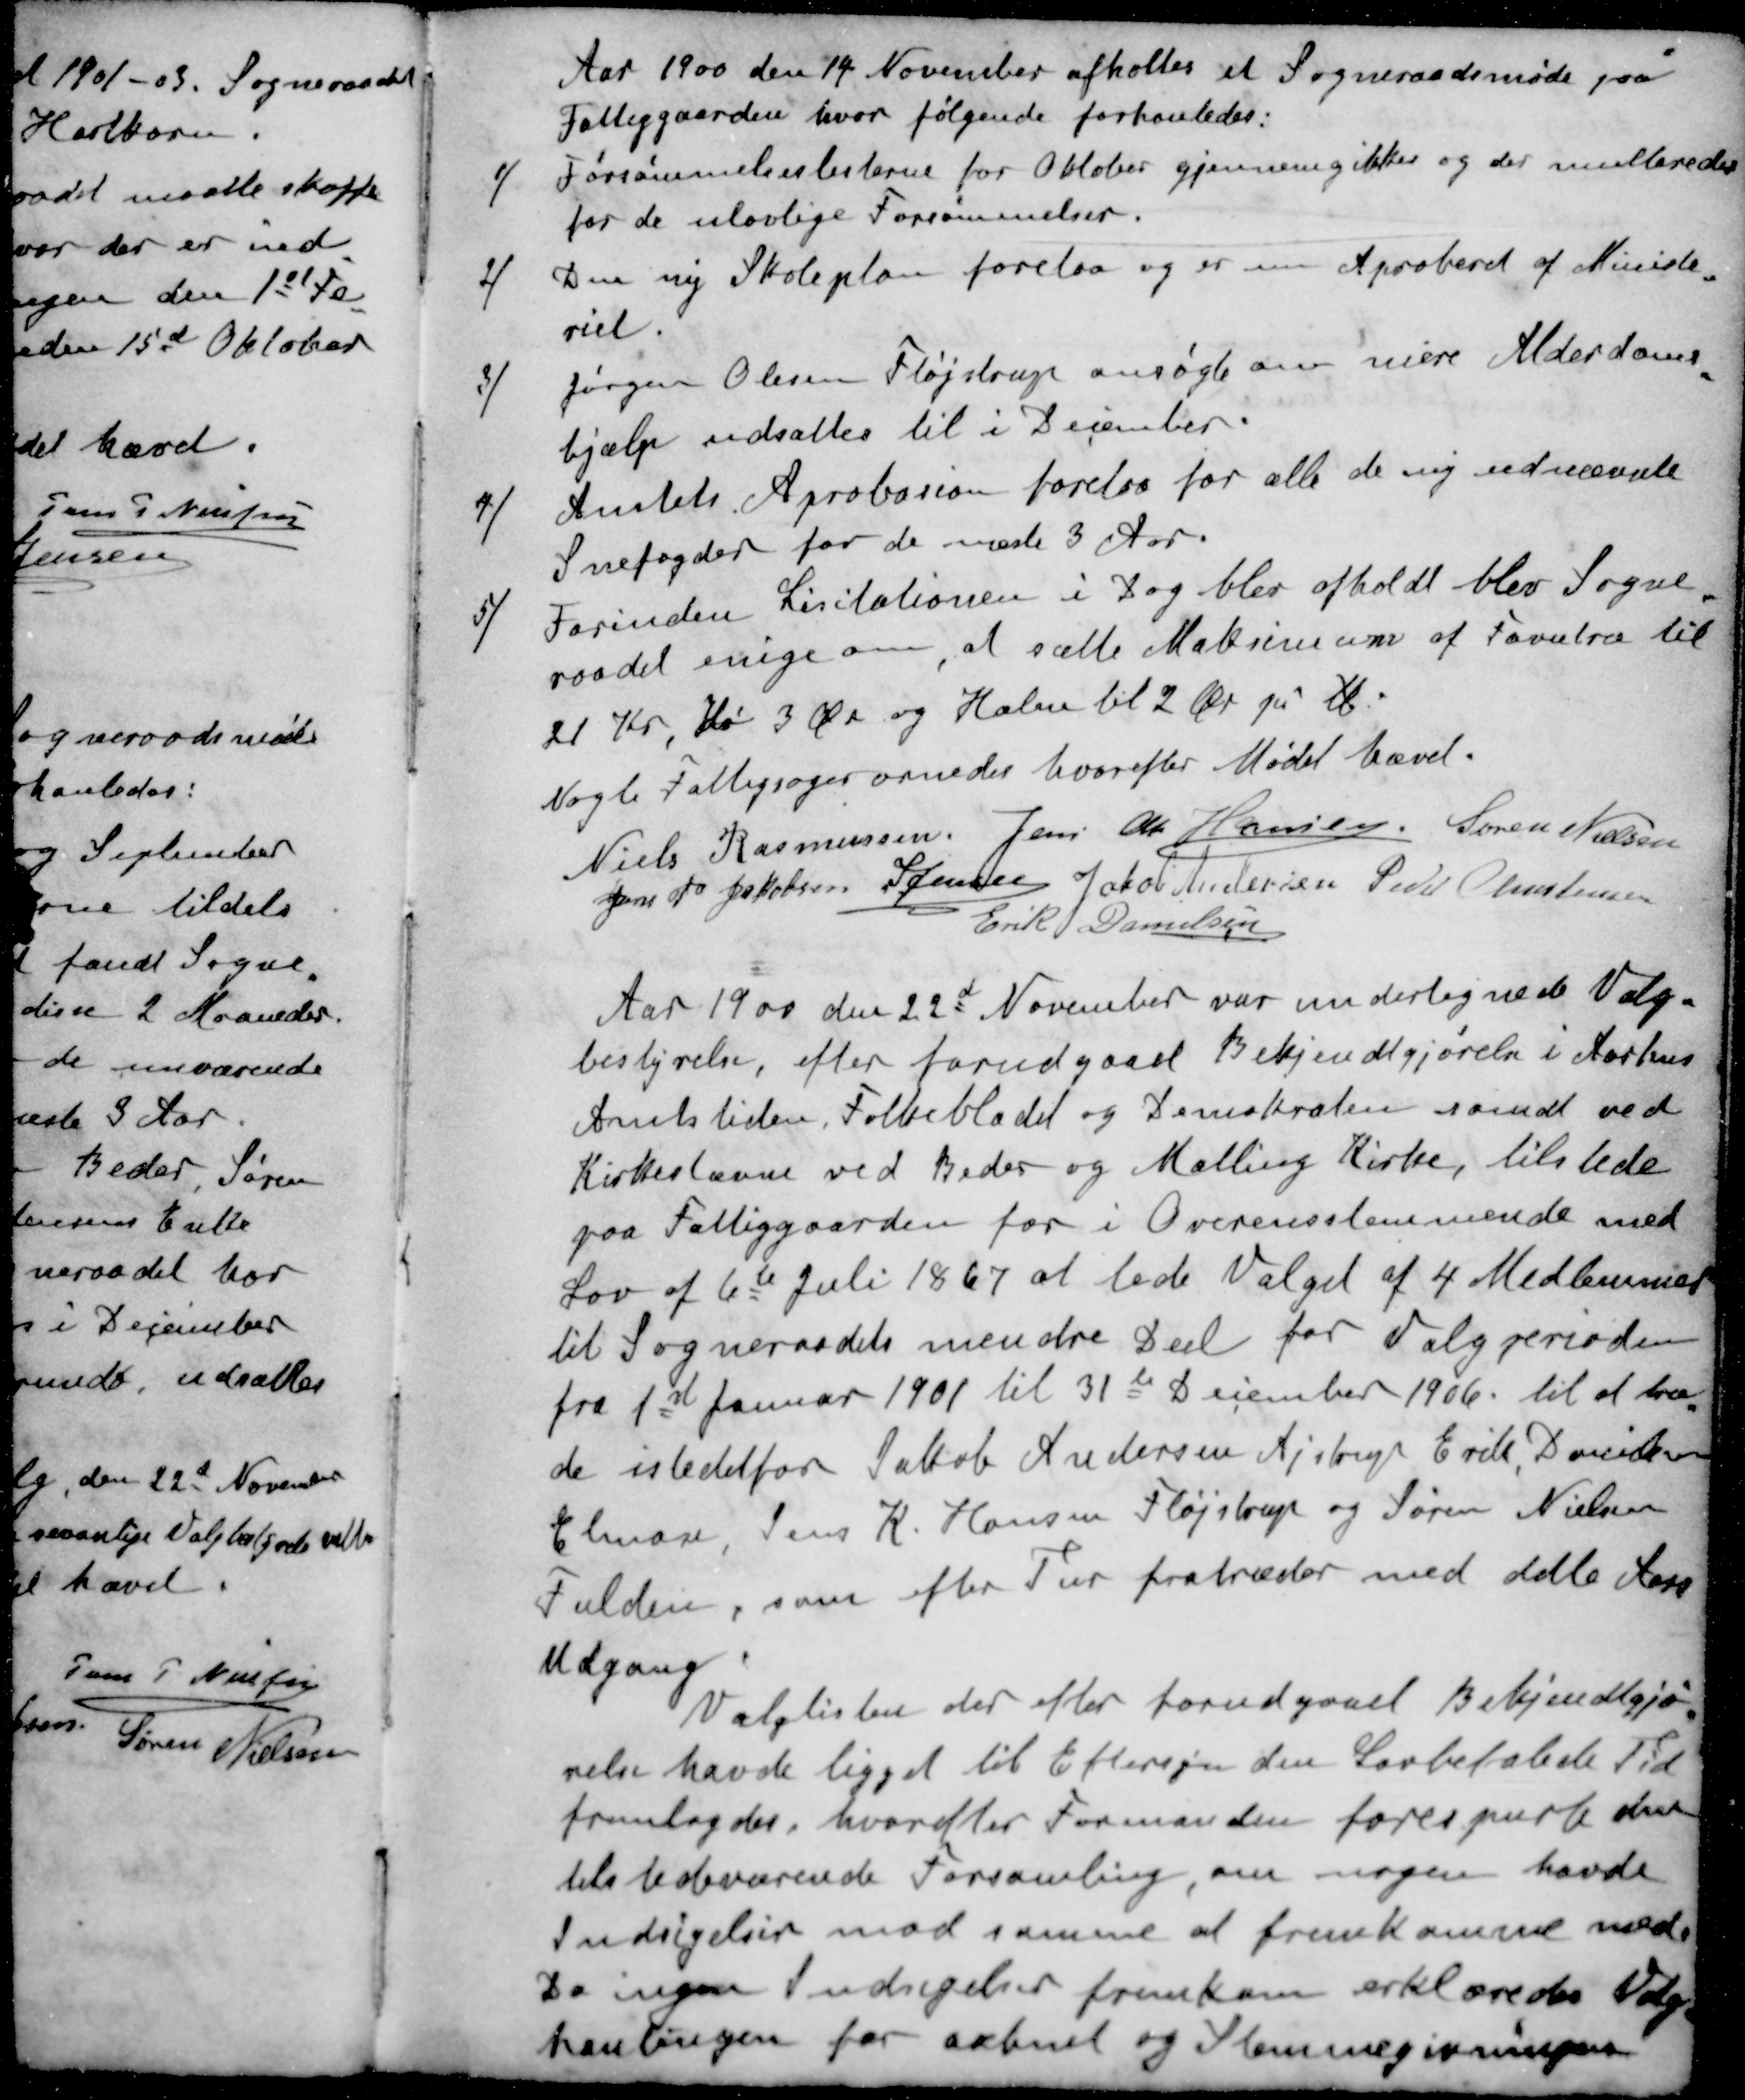
Transskription:
Aar 1900 den 14 November afholtes et Sogneraadsmøde paa
Fattiggaarden, hvor følgende forhanledes:
1 / Forsømmelseslisterne for Oktober gjennemgikkes og der multeredes
for de ulovlige Forsømmelser.
2 / Den ny Skoleplan forelaa og er nu Aproberet af Ministe
riet.
3 / Jørgen Olesen Fløjstrup ansøgte om mere Alderdoms
hjælp udsattes til i December.
4 / Amtets Aprobasion forelaa for alle de ny udnævnte
Snefogder for de næste 3 Aar.
5 / Forinden Licitationen i Dag blev afholdt blev Sogne
raadet enige om, at sætte Matrimum af Favntræ til
21 Kr. Hø 3 Øre og Halm til 2 Ør pr lb
Nogle Fattigsager ornedes hvorefter Mødet hævet.
Niels Rasmussen
Jens Chr Hansen
Søren Nielsen
Jens P Jakobsen
S Jensen
Jakob Andersen
Peder Christensen
Erik Danielsen
Aar 1900 den 22d November var undertegnede Valg-
bestyrelse, efter forudgaaet Bekjendtgjørelse i Aarhus
Amtstiden, Folkebladet og Demokraten samt ved
Kirkestævne ved Beder og Malling Kirke, tilstede
paa Fattiggaarden for i Overensstemmende med
Lov af 6te Juli 1867 at lede Valget af 4 Medlemmer
til Sogneraadets mindre Deel for Valgperioden
fra 1st Januar 1901 til 31te December 1906. til at træ
de istedetfor Jakob Andersen Ajstrup Erik Danielsen
Elmose Jens K. Hansen Fløjstrup og Søren Nielsen
Fulden, som efter Tur fratræder med dette Aars
Udgang
Valglisten der efter forudgaaet Bekjendtgjø
relse havde ligget til Eftersyn den Lovbefalede Tid
fremlagdes, hvorefter Formanden forespurte den
tilstedeværende Forsamling, om nogen havde
Indsigelser mod samme at fremkomme med.
Da ingen Indsigelser fremkom erklæredes Valg-
hanlingen for aabnet og Stemmegivningen